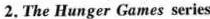
2. The Hunger Games series